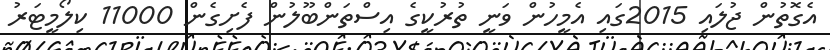
އެގޮތުން ޖުލައި 2015ގައި އެމީހުން ވަނީ ތުރުކީގެ އިސްތަންބޫލުން ފެށިގެން 11000 ކިލޯމީޓަރު